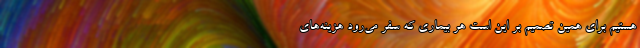
هستیم برای همین تصمیم بر این است هر بیماری که سفر می‌رود هزینه‌های